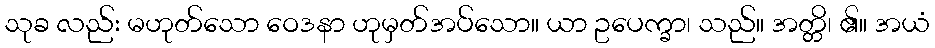
သုခ လည်း မဟုတ်သော ဝေဒနာ ဟုမှတ်အပ်သော။ ယာ ဥပေက္ခာ၊ သည်။ အတ္တိ၊ ၏။ အယံ